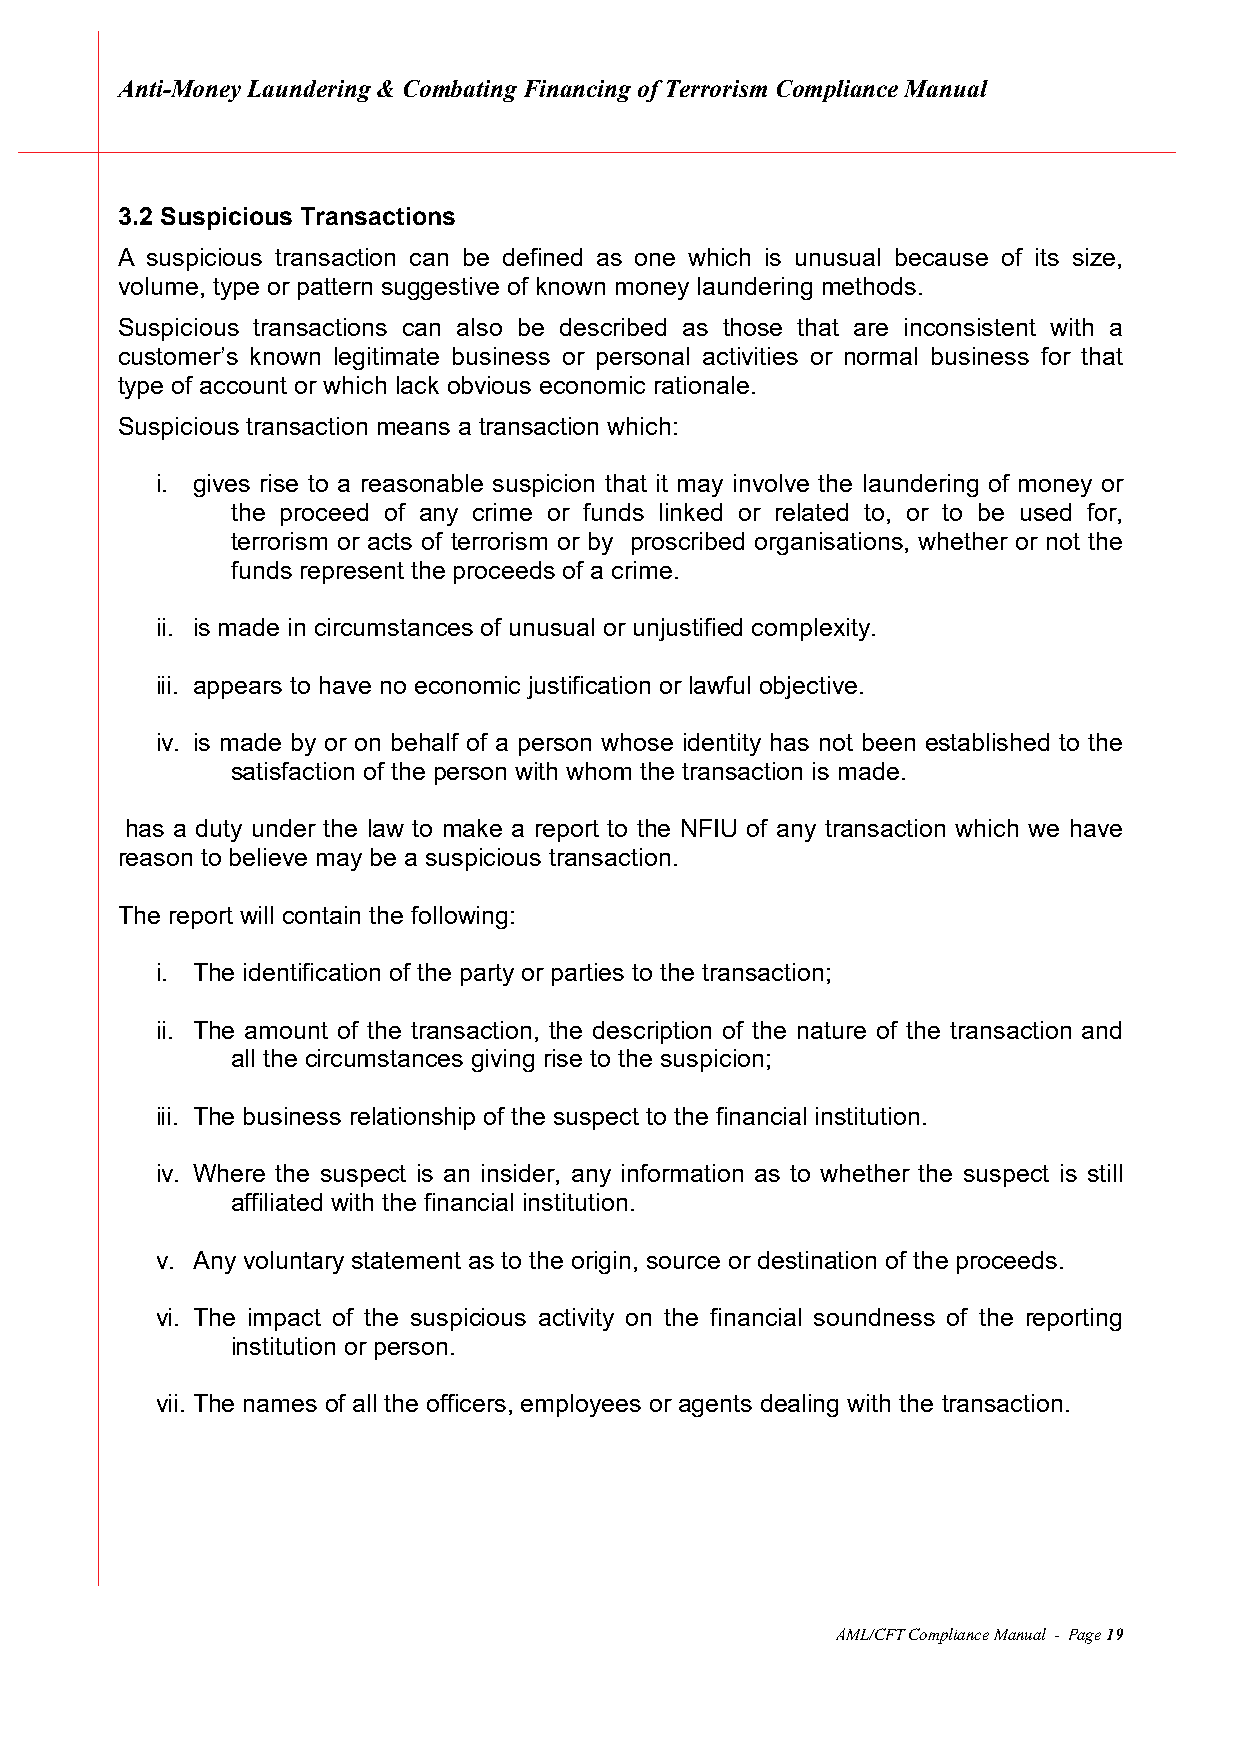
Anti-Money Laundering & Combating Financing of Terrorism Compliance Manual
 3.2 Suspicious Transactions
 A suspicious transaction can be defined as one which is unusual because of its size,
 volume, type or pattern suggestive of known money laundering methods.
 Suspicious transactions can also be described as those that are inconsistent with a
 customer’s known legitimate business or personal activities or normal business for that
 type of account or which lack obvious economic rationale.
 Suspicious transaction means a transaction which:
 i. gives rise to a reasonable suspicion that it may involve the laundering of money or
 the proceed of any crime or funds linked or related to, or to be used for,
 terrorism or acts of terrorism or by proscribed organisations, whether or not the
 funds represent the proceeds of a crime.
 ii. is made in circumstances of unusual or unjustified complexity.
 iii. appears to have no economic justification or lawful objective.
 iv. is made by or on behalf of a person whose identity has not been established to the
 satisfaction of the person with whom the transaction is made.
 has a duty under the law to make a report to the NFIU of any transaction which we have
 reason to believe may be a suspicious transaction.
 The report will contain the following:
 i. The identification of the party or parties to the transaction;
 ii. The amount of the transaction, the description of the nature of the transaction and
 all the circumstances giving rise to the suspicion;
 iii. The business relationship of the suspect to the financial institution.
 iv. Where the suspect is an insider, any information as to whether the suspect is still
 affiliated with the financial institution.
 v. Any voluntary statement as to the origin, source or destination of the proceeds.
 vi. The impact of the suspicious activity on the financial soundness of the reporting
 institution or person.
 vii. The names of all the officers, employees or agents dealing with the transaction.
 AML/CFT Compliance Manual - Page 19